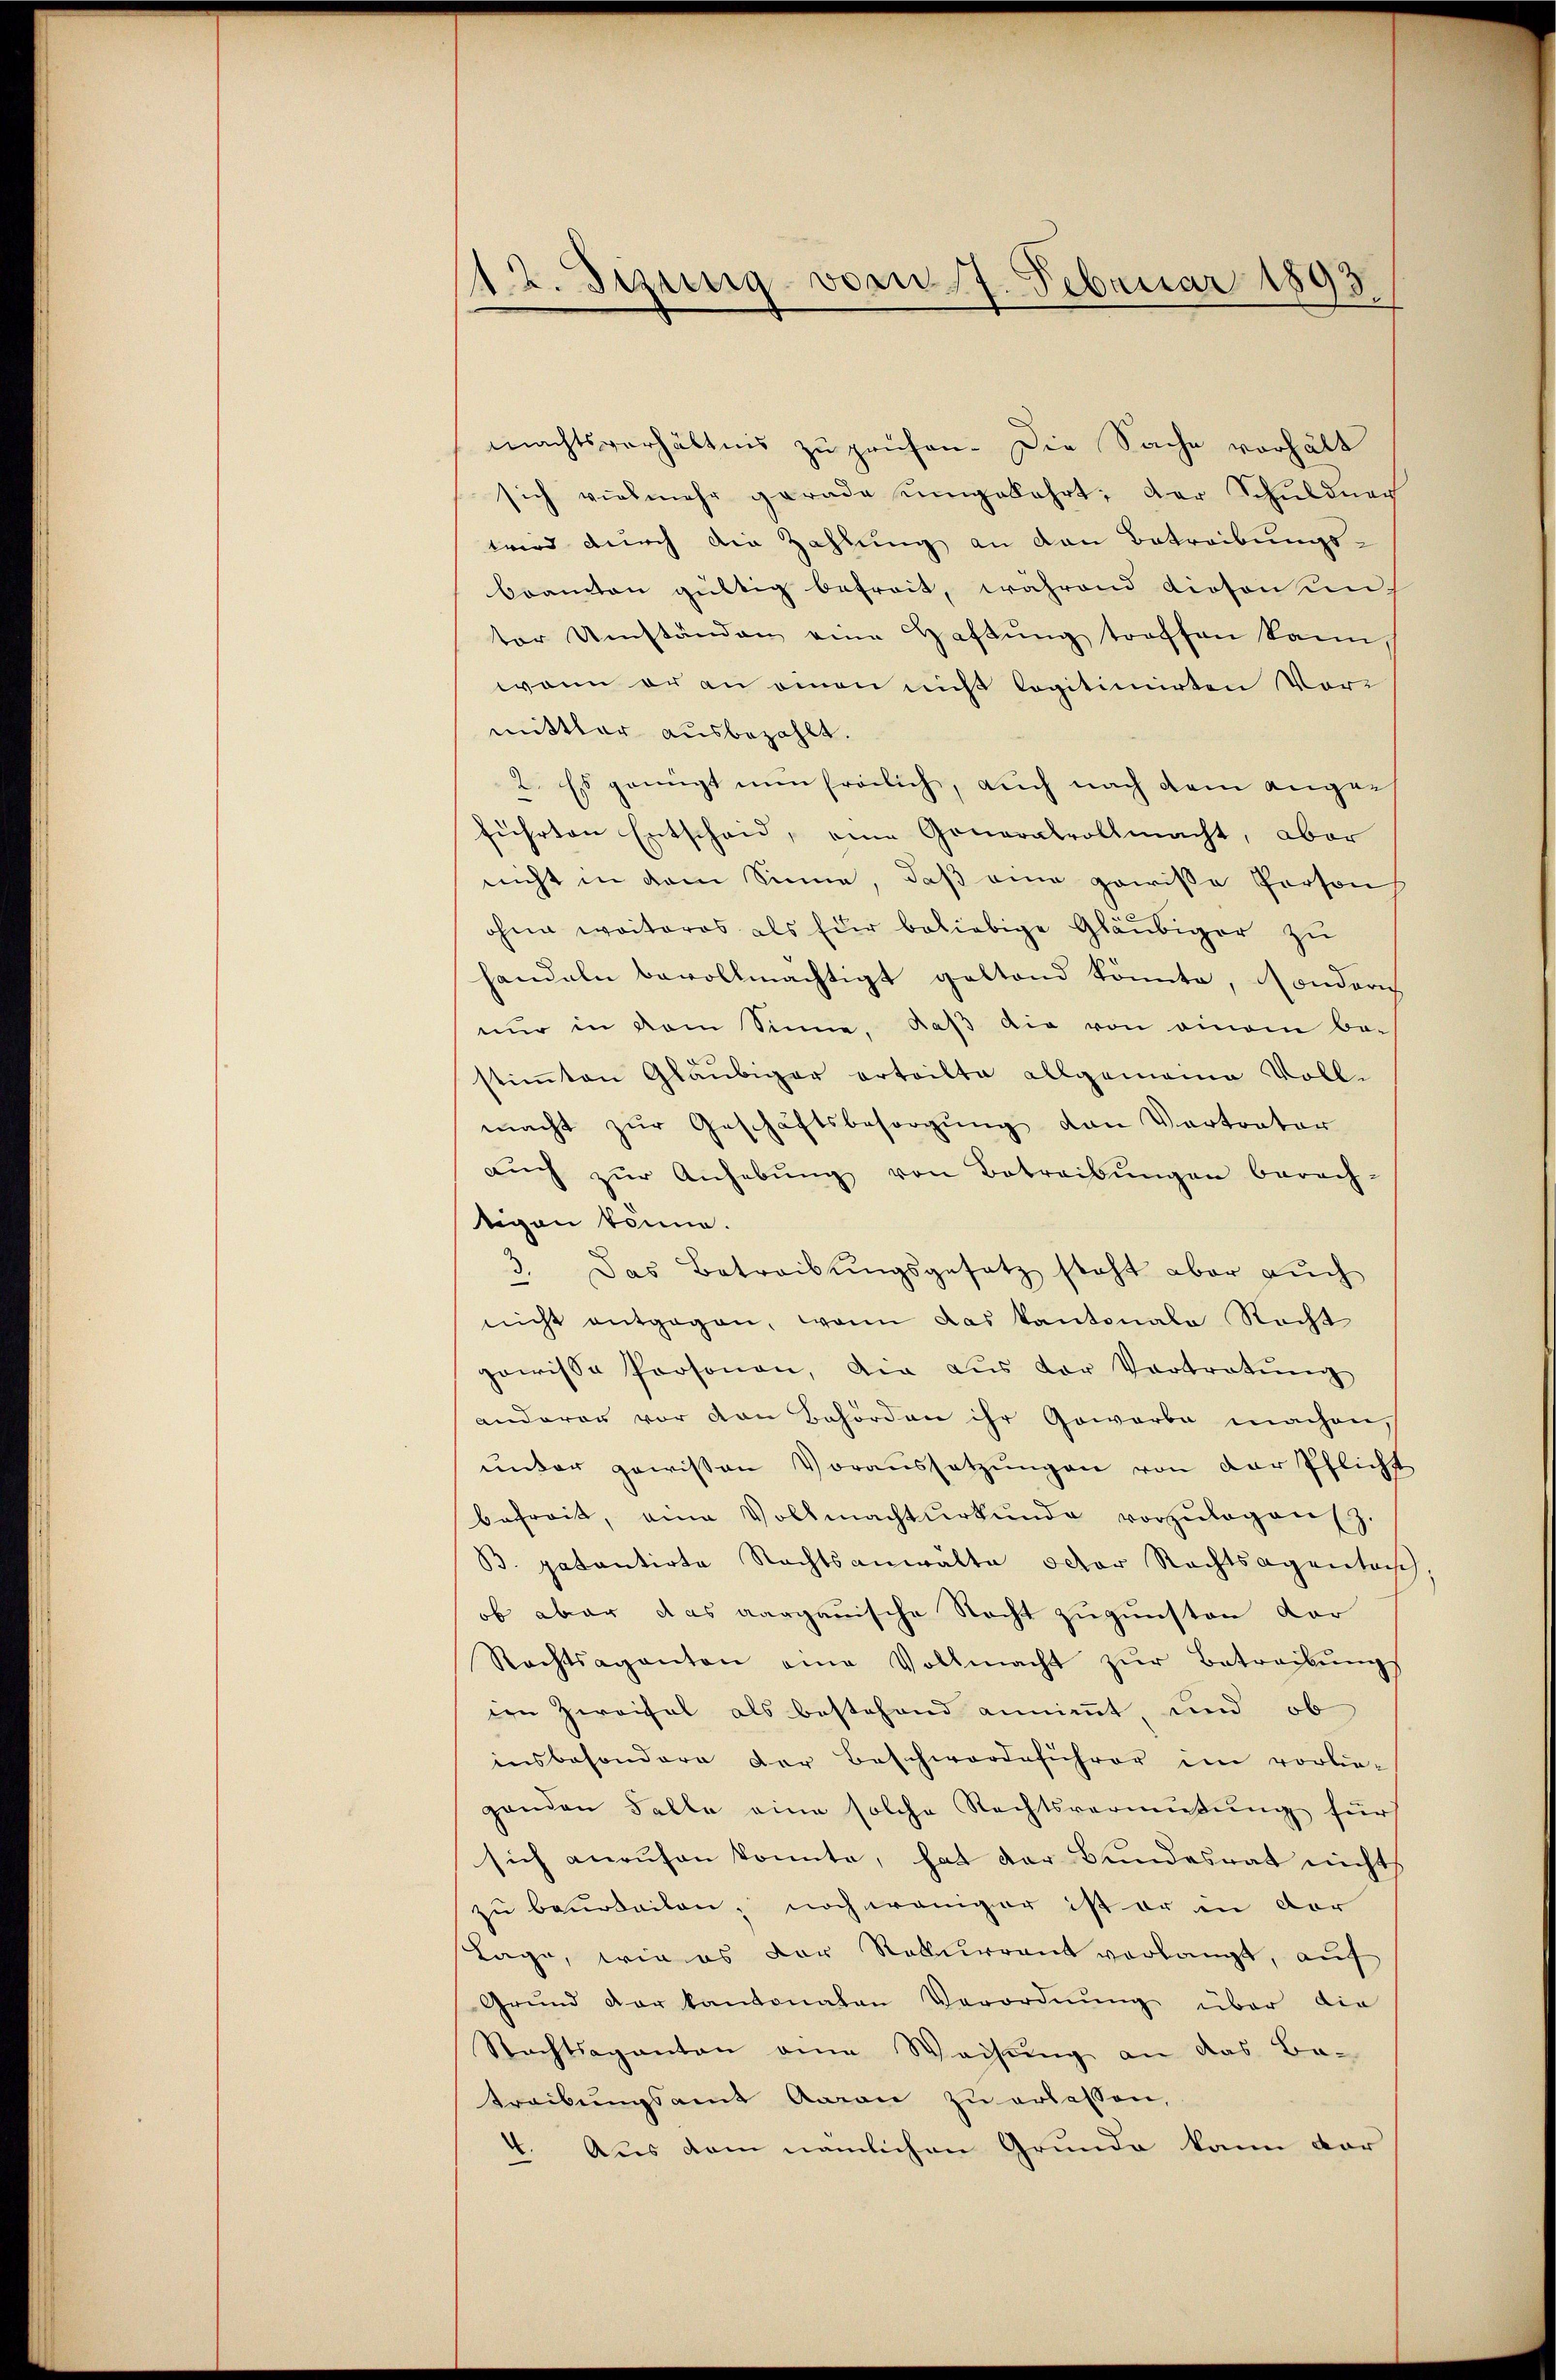
12. Jezung vom 7. Februar 1893.

machtsverhältnis zu prüfen. Die Sache verhält
sich vielmehr gerade umgekehrt; der Schuldung
wird durch die Zahlung an den Betreibungsbeamten gültig befreit, während diesen un
ter Umständen eine Haftung treffen kann,
wann er an einen nicht legitimirten Vor
mittler ausbezahlt.
2. Es genügt nun freilich, auch nach dem angeführten Entscheid, eine Generalvollmacht, aber
nicht in dem Sinne, daß eine gewisse Person
ohne weiteres als Euer beliebige Gläubiger zu
handeln bevollmächtigt geltend könnte, sonderich
nŭr in dem Sinne, daβ die von einem be-
stimmten Gläubiger erteilte allgemeine Voll-
macht zŭr Geschäftsbesorgŭng van Vertrator
aŭch zŭr Anhebŭng von Betreibŭngen berech-
tigen könne.
2
Das Betreibungsgesetz steht aber auch
nicht entgegen, wenn das Kantonale Recht
gewisse Personen, die aŭs der Vortratŭng
anderer vor von Behörden ihr Gowarbe machen,
unter gewissen Voraussetzungen von der Pflicht
befreit, eine Vollmachtŭrkŭnde vorzŭlegen (z.
B. patentirte Rechtsanwälte octor Rechtsagentasch
ob aber das aargauische Recht zugunsten Dor
Rechtsaganten eine Vollmacht zŭr Betreibŭngs
ien Zweifel als bestehend annimmt und ob
insbesondere der Beschwerdeführer im vorlie-
genden Falle eine solche Rechtsvermutung für
sich anrufen konnte, hat der Bundesrat nicht
zu beurteilen, noch weniger ist er in der
Tage, wie es der Rekurrent verlangt, auf
Grund der kantonaten Verordnung über die
Nachtsaganton eine Weisung an das Be-
treibŭngsamt Aarau zu erlassen,
1. Aus dem nämlichen Grunde kann vor